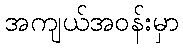
အကျယ်အဝန်းမှာ